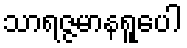
သာရဇ္ဇမာနရူပေါ